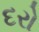
દરો